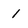
Character: i